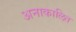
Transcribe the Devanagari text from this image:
अनाकालित